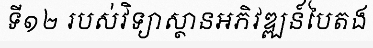
ទី១២ របស់វិទ្យាស្ថានអភិវឌ្ឍន៍បៃតង